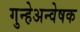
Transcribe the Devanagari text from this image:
गुन्हेअन्वेषक